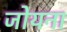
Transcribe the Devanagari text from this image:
जोयना